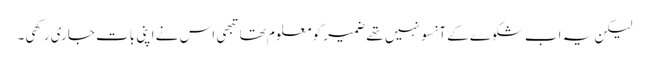
لیکن یہ اب شکوے کے آنسو نہیں تھے ضمیر کو معلوم تھا تبھی اس نے اپنی بات جاری رکھی۔